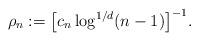
LaTeX: \begin{align*}\rho_n := \bigl[c_n \log^{1/d} (n-1)\bigr]^{-1}.\end{align*}